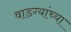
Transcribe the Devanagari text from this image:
वाडग्यांच्या